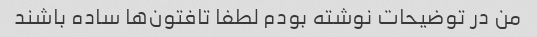
من در توضیحات نوشته بودم لطفا تافتون‌ها ساده باشند